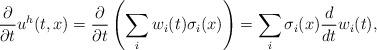
LaTeX: \begin{align*}\frac{\partial}{\partial t}u^h(t,x)=\frac{\partial}{\partial t}\left(\sum_i w_i(t)\sigma_i(x)\right)= \sum_i \sigma_i(x) \frac{d}{d t}w_i(t),\end{align*}